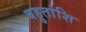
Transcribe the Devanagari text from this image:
बहुतांशि